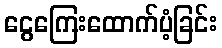
ငွေကြေးထောက်ပံ့ခြင်း